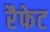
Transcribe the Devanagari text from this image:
रैफेट